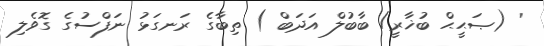
' (ޞަޙީޙް ބުޚާރީ/ ބާބުލް އަދަބް ) ތިބާގެ ރަނގަޅު ނަފްސުގެ ގޮވެލި